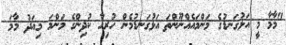
"މާމާ މީ އަޅުގަނޑުގެ މަންމައެއްނޫންތަ އަޅުގަނޑުމެން ހުރިހާ ކުދިންގެ މަންމަ މިއަދު މާމަ